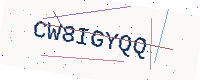
Text: CW8IGYQQ